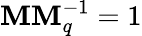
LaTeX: \mathbf{M}\mathbf{M}_{q}^{-1}=1